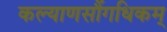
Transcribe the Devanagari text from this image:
कल्याणसौंगधिकम्